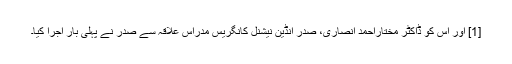
[1] اور اس کو ڈاکٹر مختاراحمد انصاری، صدر انڈین نیشنل کانگریس مدراس علاقہ سے صدر نے پہلی بار اجرا کیا۔